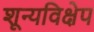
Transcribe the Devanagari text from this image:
शून्यविक्षेप